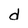
Character: d